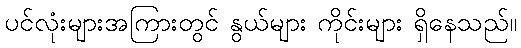
ပင်လုံးများအကြားတွင် နွယ်များ ကိုင်းများ ရှိနေသည်။